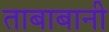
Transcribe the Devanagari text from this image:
ताबाबानी